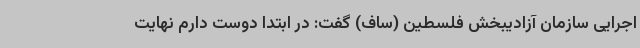
اجرایی سازمان آزادیبخش فلسطین (ساف) گفت: در ابتدا دوست دارم نهایت